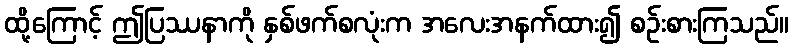
ထို့ကြောင့် ဤပြဿနာကို နှစ်ဖက်စလုံးက အလေးအနက်ထား၍ စဉ်းစားကြသည်။